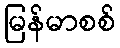
မြန်မာစစ်